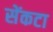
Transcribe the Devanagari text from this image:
सेंकटा